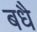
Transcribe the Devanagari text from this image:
बधै